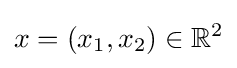
x=(x_{1},x_{2})\in \mathbb {R} ^{2}